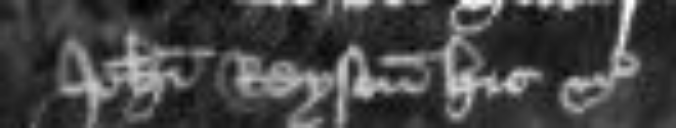
Johanni Reyson hic etc